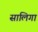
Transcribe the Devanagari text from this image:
सालिगा